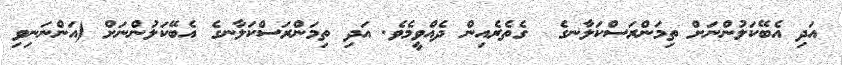
އަދި އެބޭކަލުންނަށް ތިމަންރަސްކަލާނގެ  ގެތެރެއިން ދެއްވީމެވެ. އަދި ތިމަންރަސްކަލާނގެ އެބޭކަލުންނަށް (އަންނަނިވި